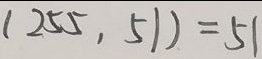
( 2 5 5 , 5 1 ) = 5 1